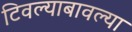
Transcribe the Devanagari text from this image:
टिवल्याबावल्या